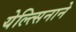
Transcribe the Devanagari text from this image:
येल्त्सिनाने